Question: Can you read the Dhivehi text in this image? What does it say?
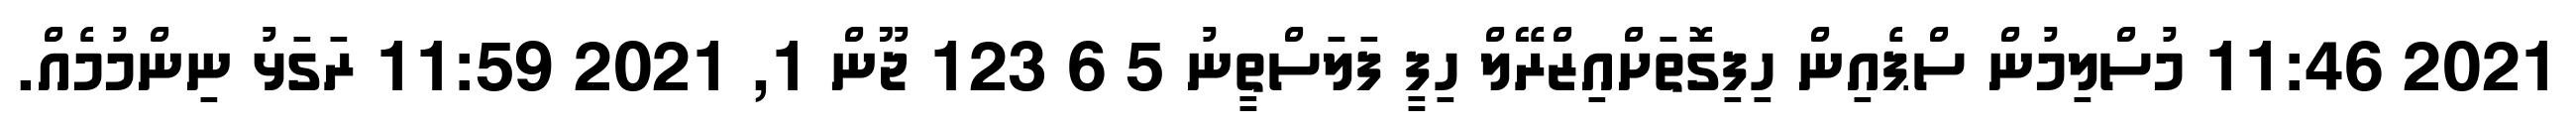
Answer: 2021 11:46 މުސްލިމުން ސްޕެއިން ހިފިގޮތަށްއިޒްރޭލް ހިފީ ފަލަސްތީނު 5 6 123 ޖޫން 1, 2021 11:59 ރަގަޅު ނިންމުމެއް.